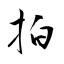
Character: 拍